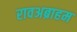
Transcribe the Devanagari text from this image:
रावअब्राहम